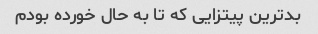
بدترین پیتزایی که تا به حال خورده بودم